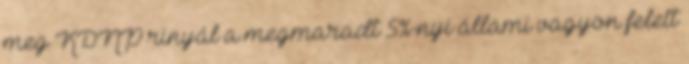
meg KDNP rinyál a megmaradt 5%-nyi állami vagyon felett